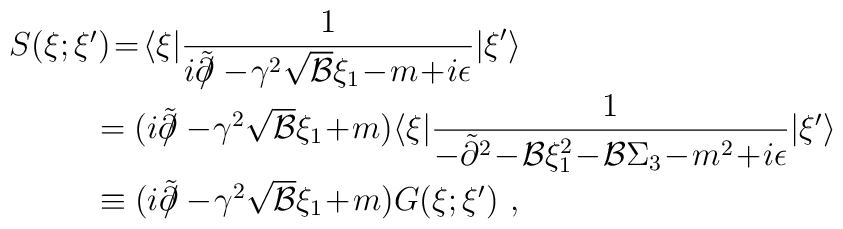
\begin{array}{l}S(\xi;\xi')\!=\!\langle\xi|{\displaystyle\frac{1}{i\tilde{\partial}\hspace{-0.19cm}\slash-\!\gamma^{2}\sqrt{{\mathcal{B}}}\xi_{1}\!-\!m\!+\!i\epsilon}|\xi'\rangle}\\*[0.35cm]\hspace{1.15cm}=(i\tilde{\partial}\hspace{-0.19cm}\slash-\!\gamma^{2}\sqrt{{\mathcal{B}}}\xi_{1}\!+\!m)\langle\xi|{\displaystyle\frac{1}{-\tilde{\partial}^{2}\!-\!{\mathcal{B}}\xi_{1}^{2}\!-\!{\mathcal{B}}\Sigma_{3}\!-\!m^{2}\!+\!i\epsilon}}|\xi'\rangle\\*[0.37cm]\hspace{1.15cm}\equiv(i\tilde{\partial}\hspace{-0.19cm}\slash-\!\gamma^{2}\sqrt{{\mathcal{B}}}\xi_{1}\!+\!m)G(\xi;\xi')\hspace{0.15cm},\end{array}